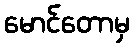
မောင်တောမှ